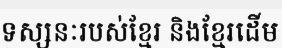
ទស្សនៈរបស់ខ្មែរ និងខ្មែរដើម